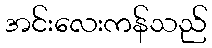
အင်းလေးကန်သည်